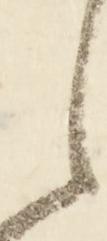
之